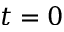
t = 0